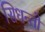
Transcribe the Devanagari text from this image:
सिधन्तो